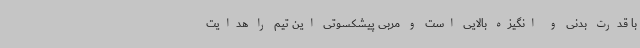
با قدرت بدنی و انگیزه بالایی است و مربی پیشکسوتی این تیم را هدایت